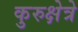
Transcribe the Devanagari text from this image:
कुरुक्षेत्रे